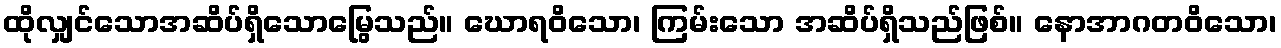
ထိုလျှင်သောအဆိပ်ရှိသောမြွေသည်။ ဃောရဝိသော၊ ကြမ်းသော အဆိပ်ရှိသည်ဖြစ်။ နောအာဂတဝိသော၊